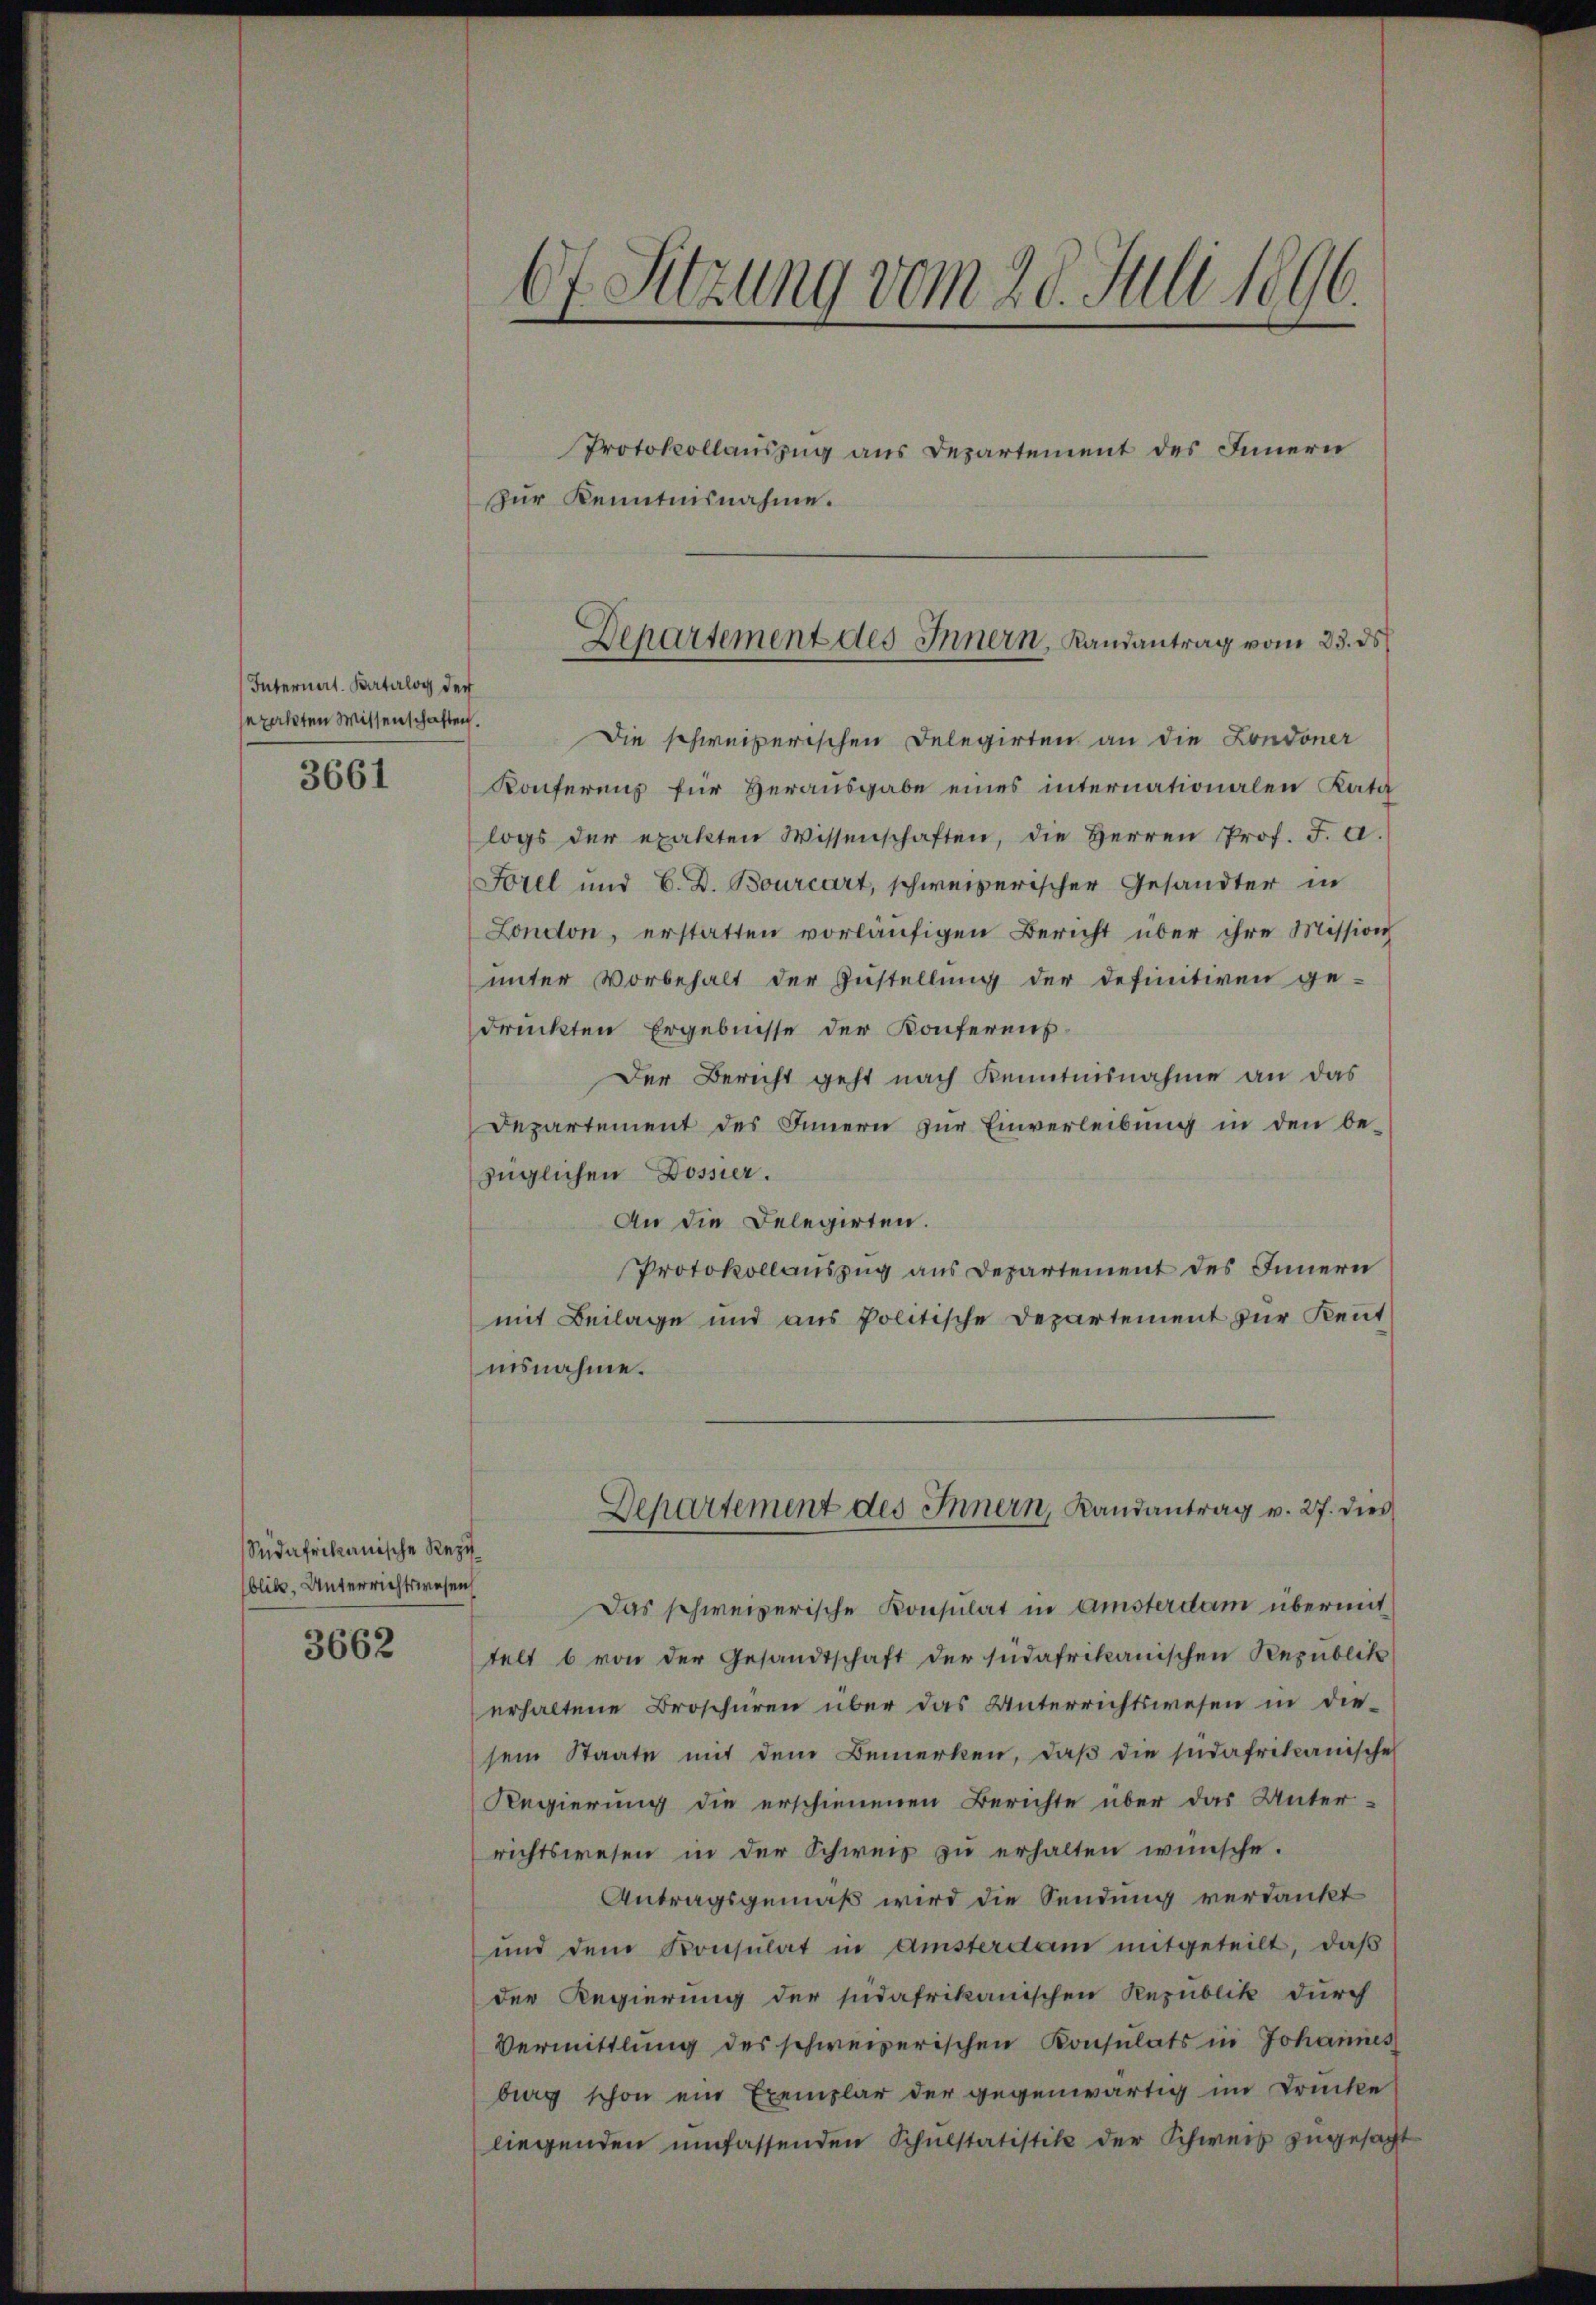
Internert. Parterlog der
epackten Wissenschaften.

3661

Sedafrikanische Rezi
blik, Unterrichtswesen
3662

67. Sitzung vom 20. Juli 1896.

zur Kenntnisnahme.

Protokollauszug aus Departement des Innern

Die schweizerischen Delegirten an die Londoner
Konferenz für Herausgabe eines internationalen Kata
logs der exakten Wissenschaften, die Herren Prof. F. a.
Forel und E. D. Bourcart, schweizerischer Gesandter in
London, erstatten vorläŭfigen Bericht über ihre Mission
unter Vorbehalt der Zustellung der definitiven ge-
druckten Ergebnisse der Konferens¬
Der Bericht geht nach Kenntnisnahme an das
Departement des Innern zur Einverleibung in den bezüglichen Dossier.
An die Delegirten.
Protokollauszug aus Departement des Innern
mit Beilage und aus Politische Departement zur Kent
nisnahme.
Departement des Innern, Landantrag v. 27. dies
Das schweizerische Konsulat in Amsterdam übermit
telt b von der Gesandtschaft der südafrikanischen Republik
erhaltene Broschüren über das Unterrichtswesen in die-
sem Staate mit dem Bemerken, daβ die südafrikanische
Regierung die erschienenen Berichte über das Unter-
richtswesen in der Schweis zu erhalten wünsche.
Antragsgemäß wird die Sendung verdankt
und dem Konsulat in Amsterdam mitgeteilt, daß
der Regierung der südafrikanischen Republik durch
Vermittlung des schweizerischen Konsulats in Johannes
berg schon ein Exemplar der gegenwärtig im Drucke
liegenden umfassenden Schulstatistik der Schweis zugesacht

Departement des Innern, Landantrag vom 23. ds